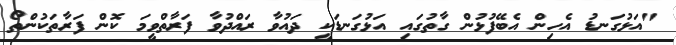
"އަޅުގަނޑު އެހިން އެބޭފުޅުން ގާތުގައި އަޅުގަނޑަކީ ދައުވާ ރައްދުވާ ފަރާތްވީމަ ކޮން ފަރާތަކުންތޯ